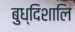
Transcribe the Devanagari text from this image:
बुध्दिशालि